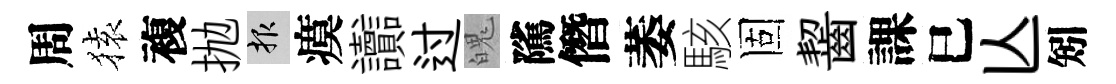
周𫞤複抛報瘼讟过魄隲僭萎駭固齧課巳亾矧